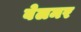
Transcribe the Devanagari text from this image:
बेलमर